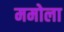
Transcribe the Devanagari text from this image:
ममोला